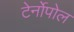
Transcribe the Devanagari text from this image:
टेर्नोपोल